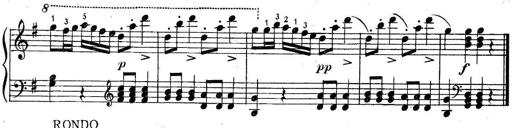
Title: 6 Easy Sonatinas
Composer: Carl Czerny